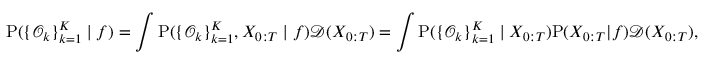
\small \mathrm { P } ( \{ \mathcal { O } _ { k } \} _ { k = 1 } ^ { K } \mid f ) = \int \mathrm { P } ( \{ \mathcal { O } _ { k } \} _ { k = 1 } ^ { K } , X _ { 0 : T } \mid f ) \mathcal { D } ( X _ { 0 : T } ) = \int \mathrm { P } ( \{ \mathcal { O } _ { k } \} _ { k = 1 } ^ { K } \mid X _ { 0 : T } ) \mathrm { P } ( X _ { 0 : T } | f ) \mathcal { D } ( X _ { 0 : T } ) ,